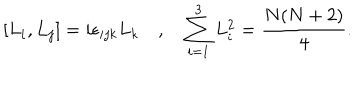
LaTeX: [ L _ { i } , L _ { j } ] = i \epsilon _ { i j k } L _ { k } \quad , \quad \sum _ { i = 1 } ^ { 3 } L _ { i } ^ { 2 } = \frac { N ( N + 2 ) } { 4 } .